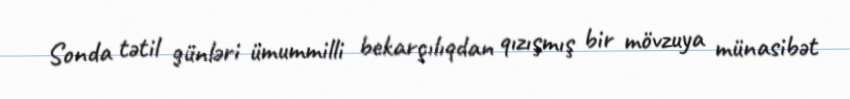
Sonda tətil günləri ümummilli bekarçılıqdan qızışmış bir mövzuya münasibət